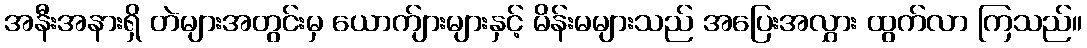
အနီးအနားရှိ တဲများအတွင်းမှ ယောက်ျားများနှင့် မိန်းမများသည် အပြေးအလွှား ထွက်လာ ကြသည်။